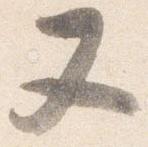
又